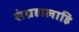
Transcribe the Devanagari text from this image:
संग्रहालाहि